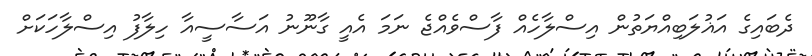
ދެބައިގެ އަޣުލަބިއްޔަތުން އިސްލާހެއް ފާސްވެއްޖެ ނަމަ އެއީ ގާނޫނު އަސާސީއާ ހިލާފު އިސްލާހަކަށް